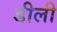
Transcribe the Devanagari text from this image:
डीली